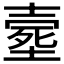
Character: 𡔸